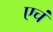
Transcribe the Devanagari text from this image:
एचं